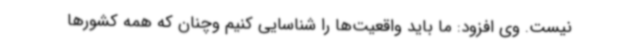
نیست. وی افزود: ما باید واقعیت‌ها را شناسایی کنیم وچنان که همه کشورها